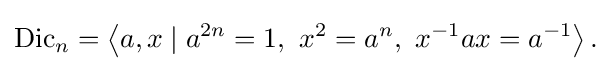
\operatorname {Dic} _{n}=\left\langle a,x\mid a^{2n}=1,\ x^{2}=a^{n},\ x^{-1}ax=a^{-1}\right\rangle .\,\!